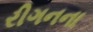
રીગનના